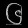
Digit: ၆